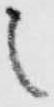
之